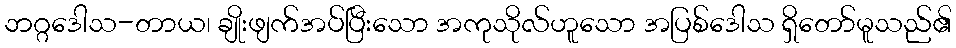
ဘဂ္ဂဒေါသ-တာယ၊ ချိုးဖျက်အပ်ပြီးသော အကုသိုလ်ဟူသော အပြစ်ဒေါသ ရှိတော်မူသည်၏